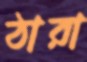
ঠারা